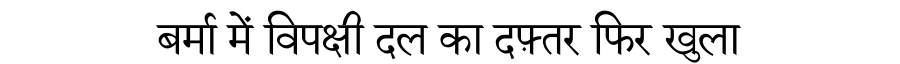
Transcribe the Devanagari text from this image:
बर्मा में विपक्षी दल का दफ़्तर फिर खुला